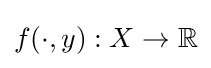
f(\cdot ,y):X\to \mathbb {R}